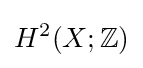
H^{2}(X;\mathbb {Z} )